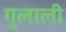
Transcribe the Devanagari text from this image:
गुलाली